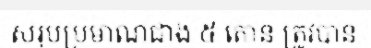
សរុបប្រមាណជាង ៥ តោន ត្រូវបាន